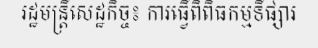
រដ្ឋមន្ត្រីសេដ្ឋកិច្ច៖ ការធ្វើពិពិធកម្មទីផ្សារ